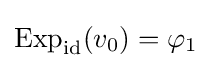
\operatorname {Exp} _{\operatorname {id} }(v_{0})=\varphi _{1}